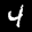
Label: 4